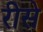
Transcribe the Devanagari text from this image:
रीसे